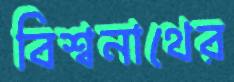
বিশ্বনাথের